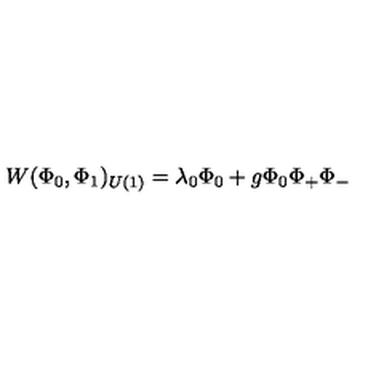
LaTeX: W ( \Phi _ { 0 } , \Phi _ { 1 } ) _ { U ( 1 ) } = \lambda _ { 0 } \Phi _ { 0 } + g \Phi _ { 0 } \Phi _ { + } \Phi _ { - }